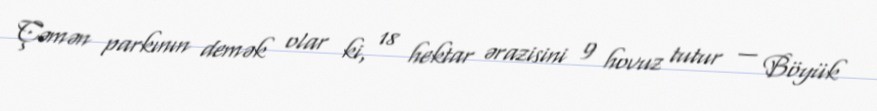
Çəmən parkının demək olar ki, 18 hektar ərazisini 9 hovuz tutur — Böyük